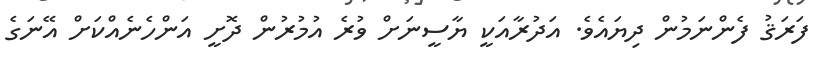
ފަރަޤު ފެންނަމުން ދިޔައެވެ. އަދުރާއަކީ ޔާސީނަށް ވުރެ އުމުރުން ދޮށީ އަންހެނެއްކަށް އޭނަގެ